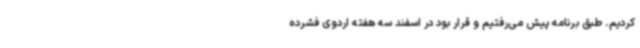
کردیم. طبق برنامه پیش می‌رفتیم و قرار بود در اسفند سه هفته اردوی فشرده